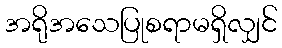
အရိုအသေပြုစရာမရှိလျှင်